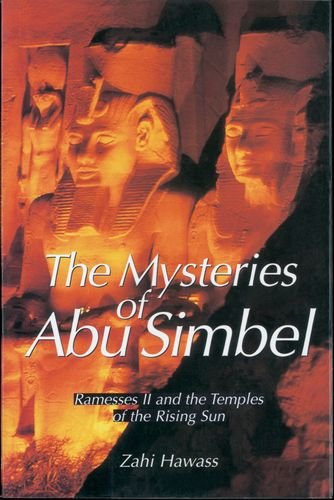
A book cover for The Mysteries of Abu Simbel: Ramesses II and the Temples of the Rising Sun; Zahi Hawass; Travel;